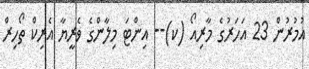
އުމުރުން 23 އަހަރުގެ މާރިއޯ (ކ)-- އިންޓަ މިލާންގެ ވެރީޔާ އެރިކް ތޯހިރް